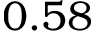
0 . 5 8